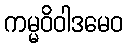
ကမ္မဝိဝါဒမေဝ